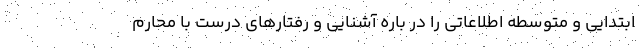
ابتدایی و متوسطه اطلاعاتی را در باره آشنایی و رفتارهای درست با محارم